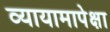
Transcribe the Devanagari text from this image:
व्यायामापेक्षा